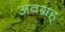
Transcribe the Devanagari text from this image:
अवग्रह्